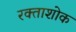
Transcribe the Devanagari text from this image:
रक्ताशोक